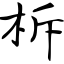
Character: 柝